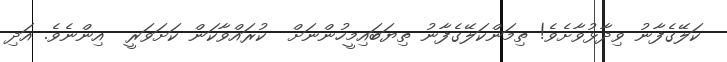
ކަލޭގެފާނު ވިދާޅުވާށެވެ! ތިމަންކަލޭގެފާނު ތިޔަބައިމީހުންނަށް  ކުރައްވާކަން ކަށަވަރީ  އިންނެވެ. އަދި